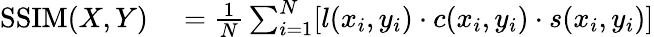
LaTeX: \begin{array}{rl}{\mathrm{SSIM}(X,Y)}&{{}=\frac{1}{N}\sum_{i=1}^{N}[l(x_{i},y_{i})\cdot c(x_{i},y_{i})\cdot s(x_{i},y_{i})]}\end{array}